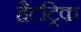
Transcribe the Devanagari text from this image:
हैटट्रिक